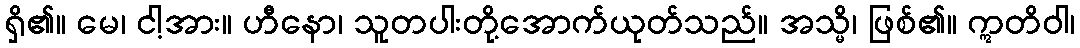
ရှိ၏။ မေ၊ ငါ့အား။ ဟီနော၊ သူတပါးတို့အောက်ယုတ်သည်။ အသ္မိ၊ ဖြစ်၏။ ဣတိဝါ၊